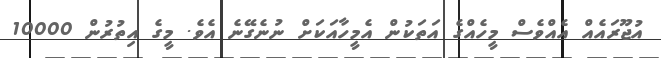
އުޖޫރައެއް އެއްވެސް މީހެއްގެ އަތަކުން އެމީހާއަކަށް ނުނެގޭނެ އެވެ. މީގެ އިތުރުން 10000